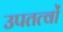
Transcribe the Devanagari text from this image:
उपतत्वों